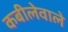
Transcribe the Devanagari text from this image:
कबीलेवाले